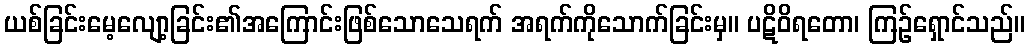
ယစ်ခြင်းမေ့လျော့ခြင်း၏အကြောင်းဖြစ်သောသေရက် အရက်ကိုသောက်ခြင်းမှ။ ပဋိဝိရတော၊ ကြဉ်ရှောင်သည်။